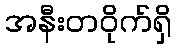
အနီးတဝိုက်ရှိ